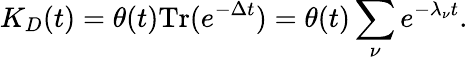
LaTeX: K_{D}(t)=\theta(t)\mathrm{Tr}(e^{-\Delta t})=\theta(t)\sum_{\nu}e^{-\lambda_{\nu}t}.